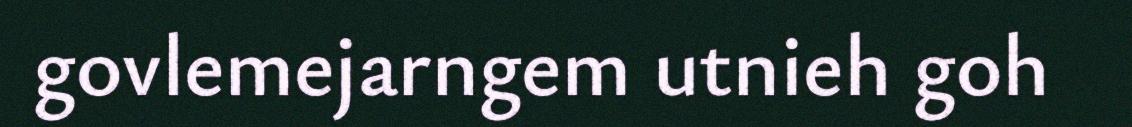
govlemejarngem utnieh goh